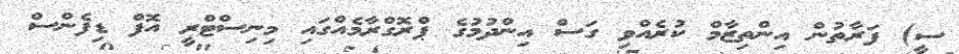
ސީ) ފަރާތުން އިންތިޒާމް ކުރެއްވި ގަސް އިންދުމުގެ ޕްރޮގްރާމެއްގައި މިނިސްޓްރީ އޮފް ޑިފެންސް